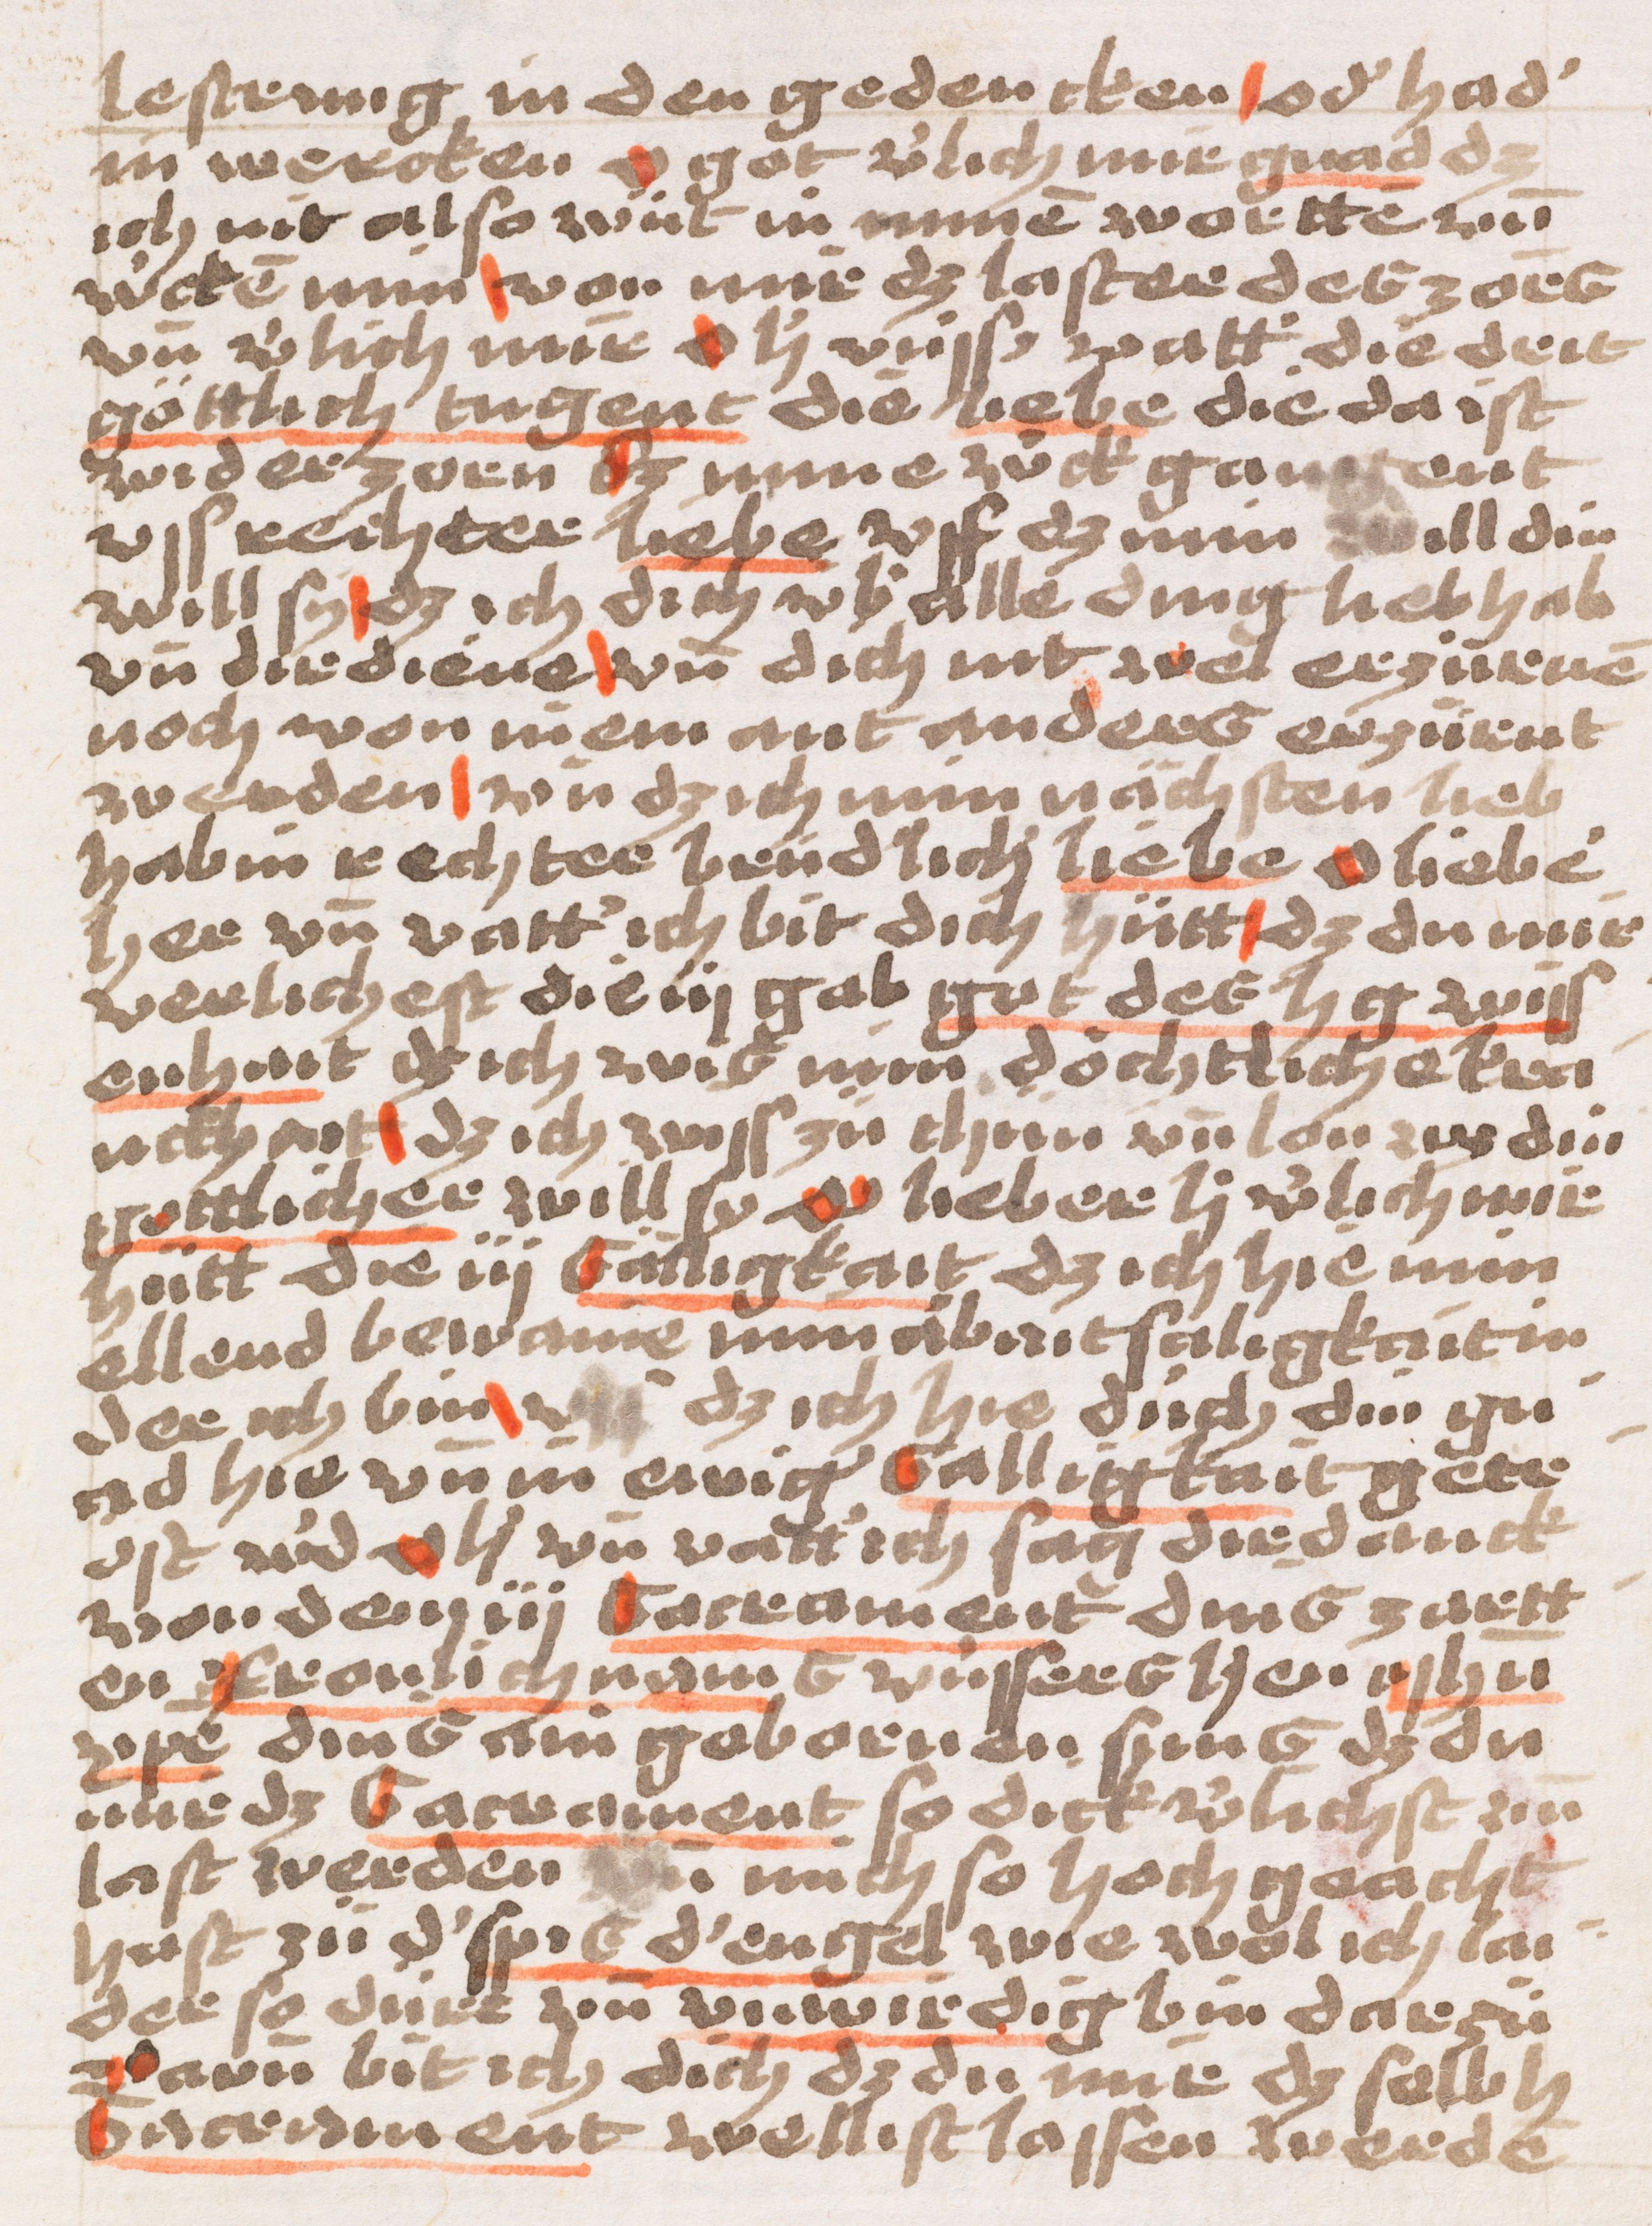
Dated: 1500–1524